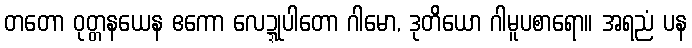
တတော ဝုတ္တနယေန ဧကော လေဍ္ဍုပါတော ဂါမော, ဒုတိယော ဂါမူပစာရော။ အရညံ ပန